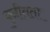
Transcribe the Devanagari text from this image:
पुनीतता